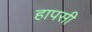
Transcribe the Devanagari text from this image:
हापसी